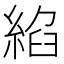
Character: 𦁵